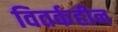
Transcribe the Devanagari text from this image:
वितर्कहीन